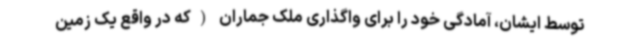
توسط ایشان، آمادگی خود را برای واگذاری ملک جماران (که در واقع یک زمین